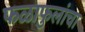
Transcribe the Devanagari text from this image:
फळाफुलांचा